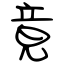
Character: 竟